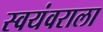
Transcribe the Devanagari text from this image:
स्वयंवराला